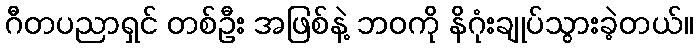
ဂီတပညာရှင် တစ်ဦး အဖြစ်နဲ့ ဘဝကို နိဂုံးချုပ်သွားခဲ့တယ်။